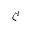
\zeta ^ { l }